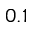
0 . 1